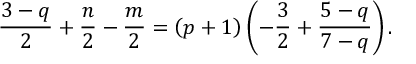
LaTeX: \frac { 3 - q } { 2 } + \frac { n } { 2 } - \frac { m } { 2 } = \left( p + 1 \right) \left( - \frac { 3 } { 2 } + \frac { 5 - q } { 7 - q } \right) .